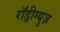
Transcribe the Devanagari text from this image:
राॅड्रीग्युज़